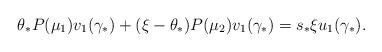
LaTeX: \begin{align*}{\theta_* P(\mu _1 )v_1 (\gamma _* ) + (\xi - \theta_* )P(\mu _2 )v_1 (\gamma _* ) = s_* \xi u_1 (\gamma _* ).}\end{align*}